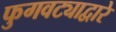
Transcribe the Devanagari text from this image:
फुगवट्याद्वारे